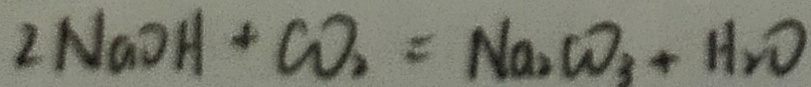
2 N a O H + C O _ { 2 } = N a _ { 2 } C O _ { 3 } + H _ { 2 } O